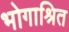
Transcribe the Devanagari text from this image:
भोगाश्रित